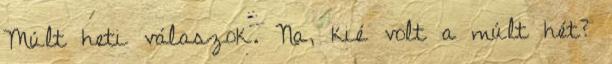
Múlt heti válaszok. Na, kié volt a múlt hét?